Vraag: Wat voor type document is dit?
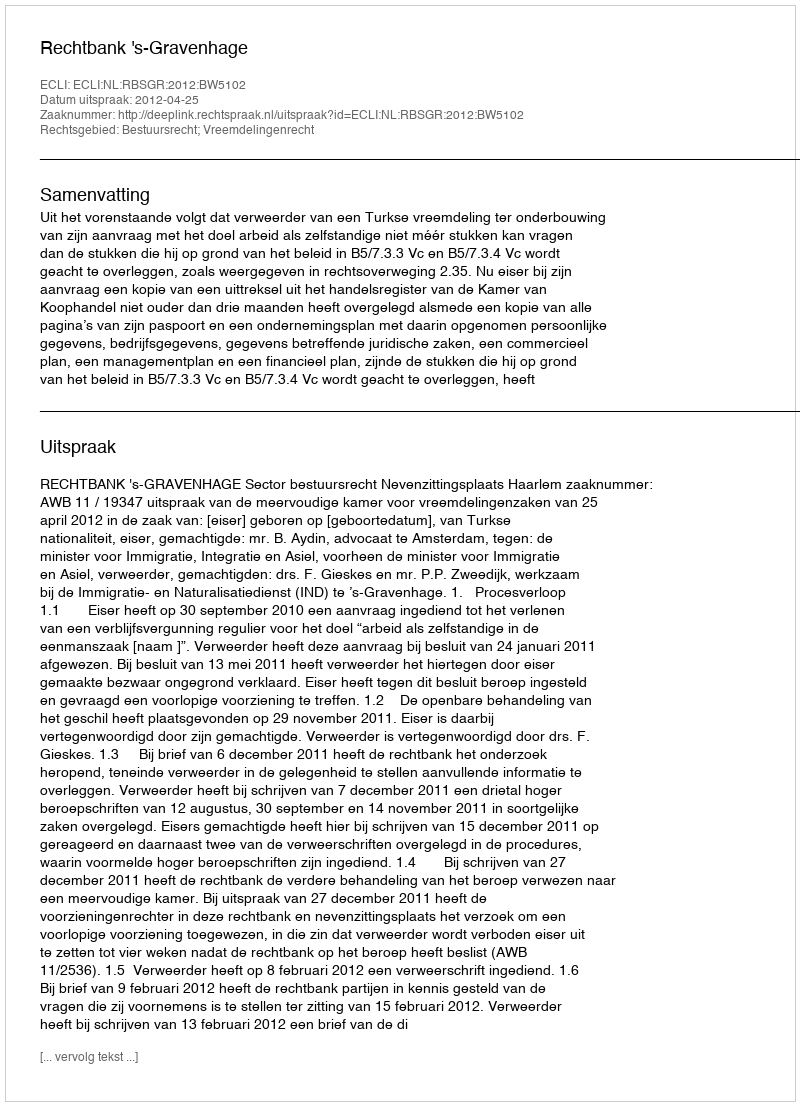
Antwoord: Uitspraak